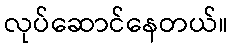
လုပ်ဆောင်နေတယ်။